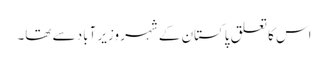
اس کا تعلق پاکستان کے شہر وزیر آباد سے تھا۔